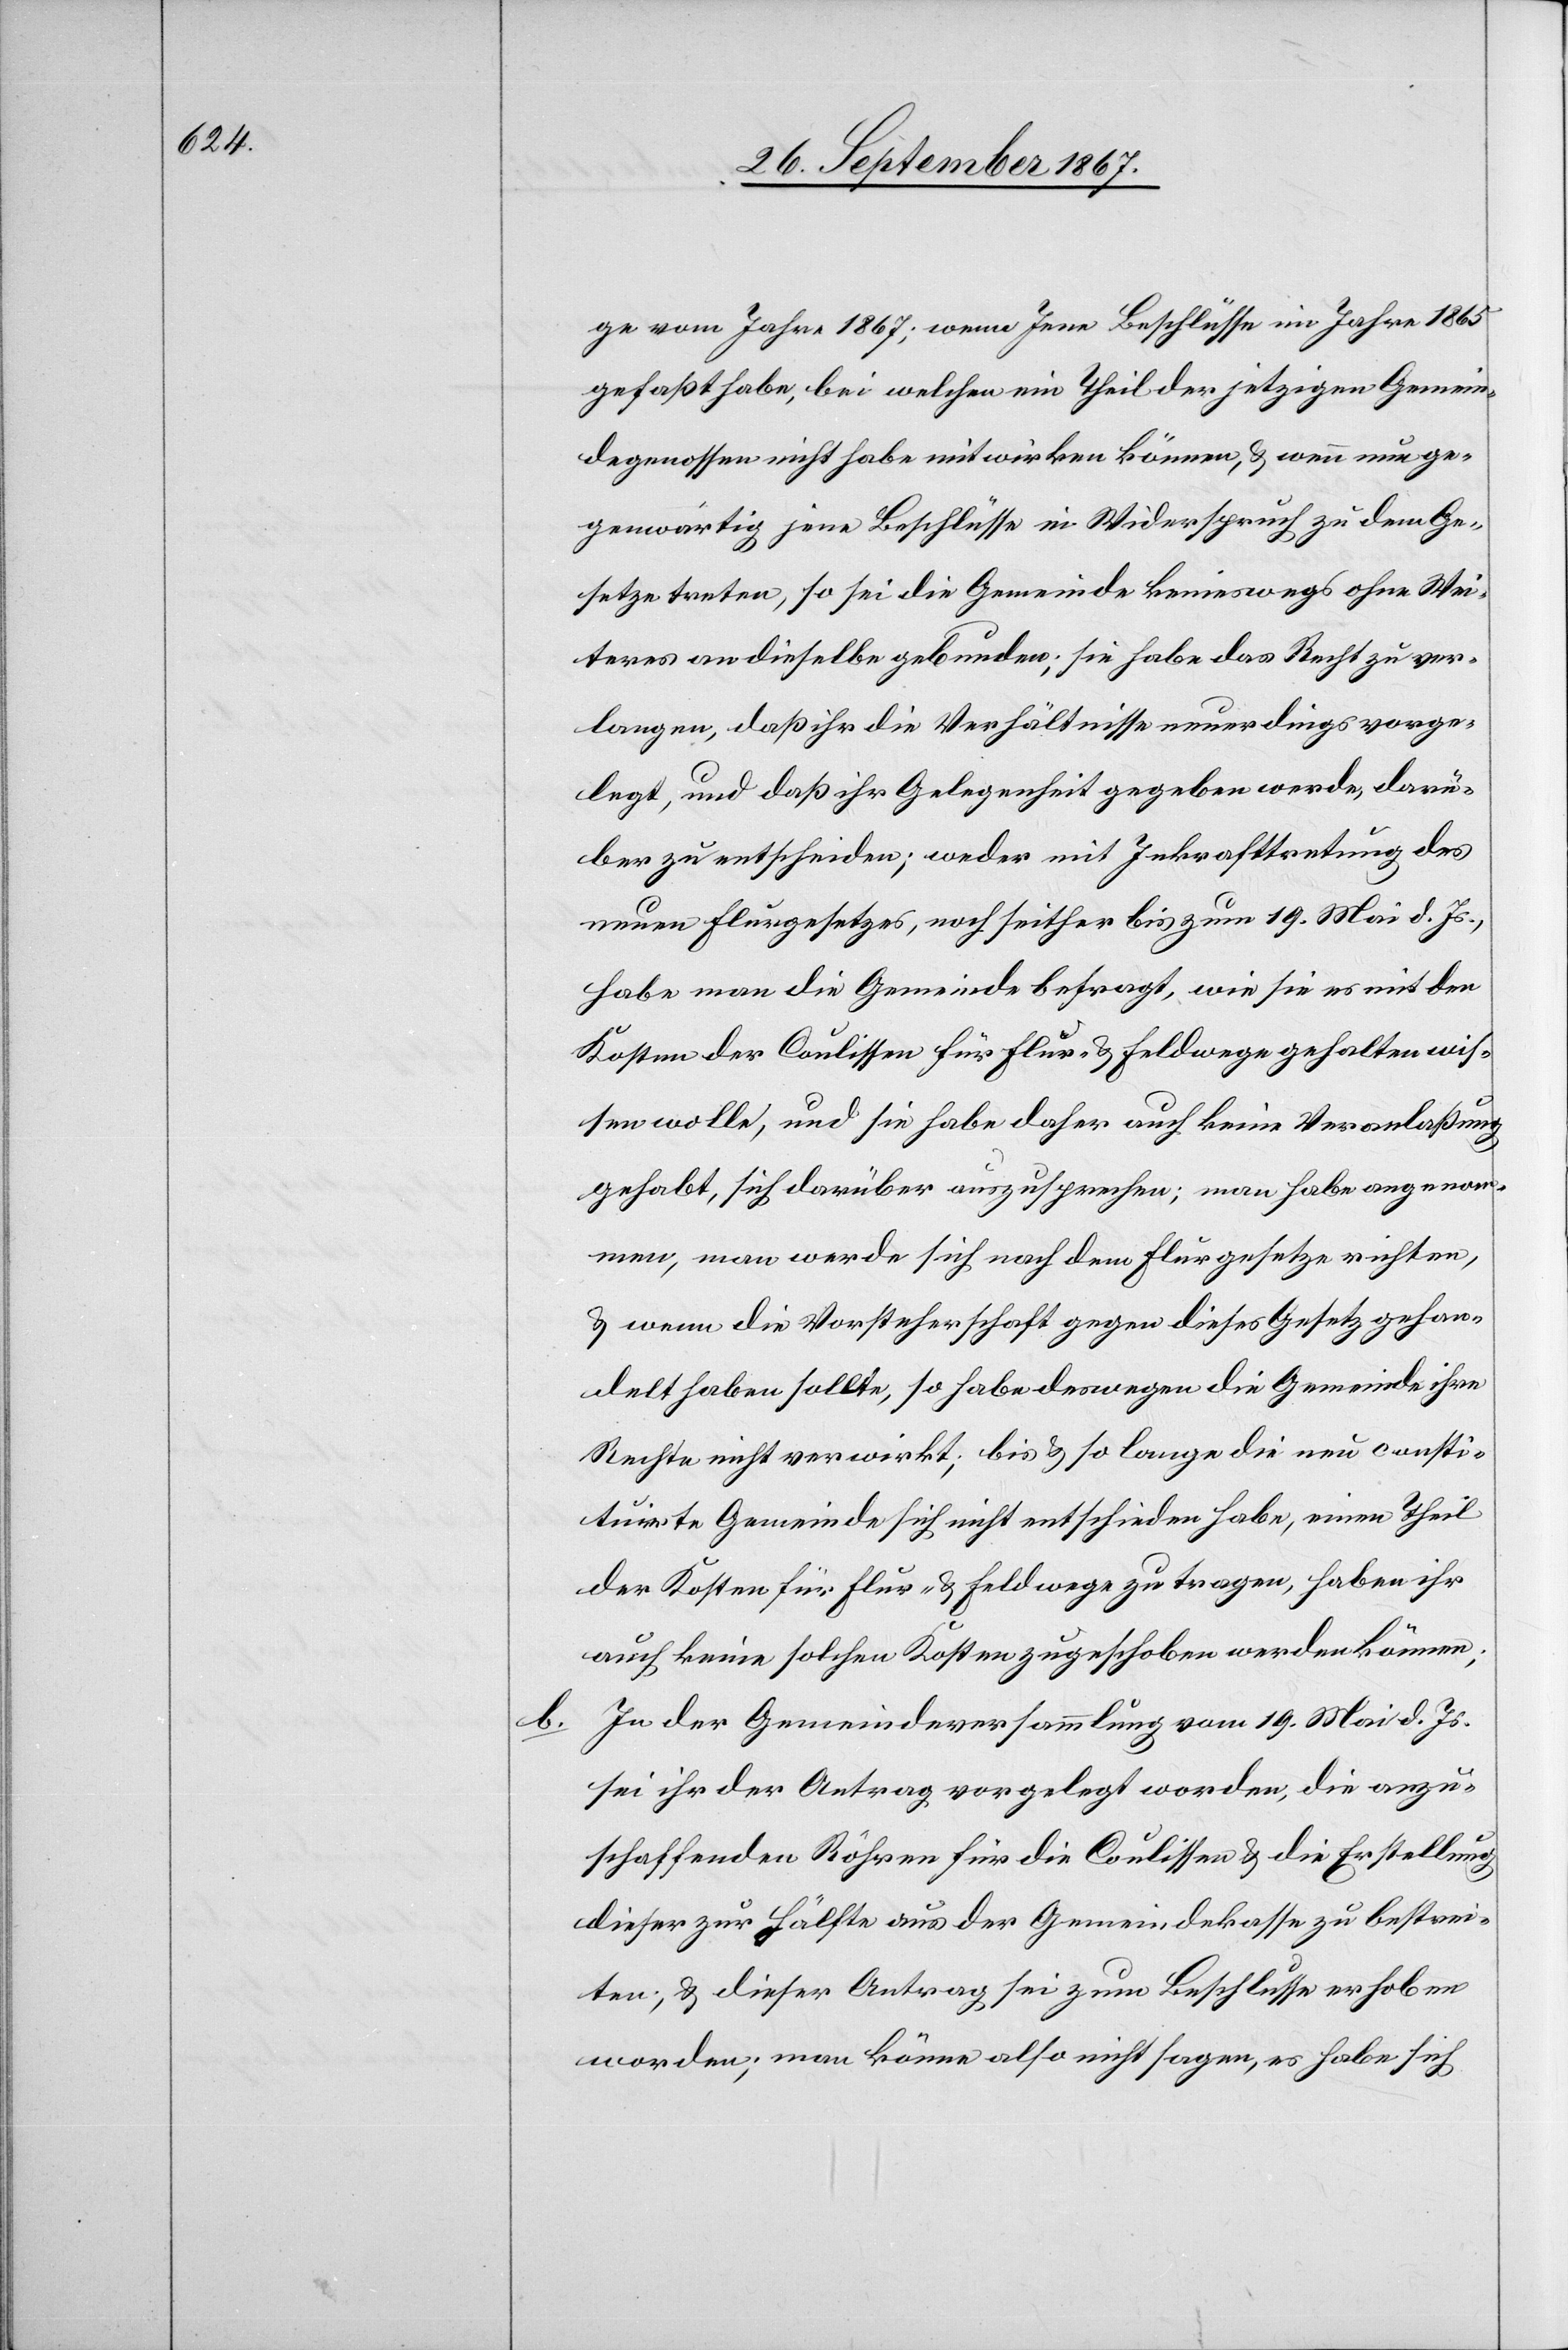
ge vom Jahre 1867; wenn Jene Beschlüsse im Jahre 1865
gefaßt habe, bei welchen ein Theil der jetzigen Gemein¬
degenossen nicht habe mitwirken können, u. wenn nun ge¬
genwärtig jene Beschlüsse in Widerspruch zu dem Ge¬
setze treten, so sei die Gemeinde keineswegs ohne Wei¬
teres an dieselbe gebunden; sie habe das Recht zu ver¬
lange, daß ihr die Verhältnisse neuerdings vorge¬
legt, und daß ihr Gelegenheit gegeben werde, darü¬
ber zu entscheiden; weder mit Inkraftsetzung des
neuen Flurgesetzes, noch seither bis zum 19. Mai d. Js.,
habe man die Gemeinde befragt, wie sie es mit den
Kosten der Coulissen für Flur- u. Feldwege gehalten wis¬
sen wolle, und sie habe daher auch keine Veranlaßung
gehabt, sich darüber auszusprechen; man habe angenom¬
men, man werde sich nach dem Flurgesetz richten,
u. wenn die Vorsteherschaft gegen dieses Gesetz gehan¬
delt haben sollte, so habe deswegen die Gemeinde ihre
Rechte nicht verwirkt; bis u. so lange die neu consti¬
tuirte Gemeinde sich nicht entschieden habe, einen Theil
der Kosten für Flur- u. Feldwege zu tragen, haben ihr
auch keine solchen Kosten zugeschoben werden können;
In der Gemeindeversammlung vom 19. Mai d. Js.
sei ihr der Antrag vorgelegt worden, die anzu¬
schaffenden Röhren für die Coulissen u. die Erstellung
dieser zur Hälfte aus der Gemeindekasse zu bestrei¬
ten, u. dieser Antrag sei zum Beschlusse erhoben
worden; man könne also nicht sagen, es habe sich